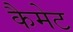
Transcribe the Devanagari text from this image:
कैमेट